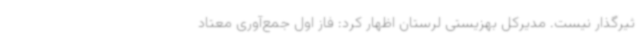
ثیرگذار نیست. مدیرکل بهزیستی لرستان اظهار کرد: فاز اول جمع‌آوری معتاد